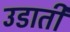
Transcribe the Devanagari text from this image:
उडाती